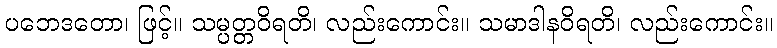
ပဘေဒတော၊ ဖြင့်။ သမ္ပတ္တဝိရတိ၊ လည်းကောင်း။ သမာဒါနဝိရတိ၊ လည်းကောင်း။